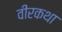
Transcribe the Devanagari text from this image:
वीरकथा